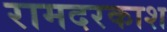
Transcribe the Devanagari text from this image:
रामदरकाश